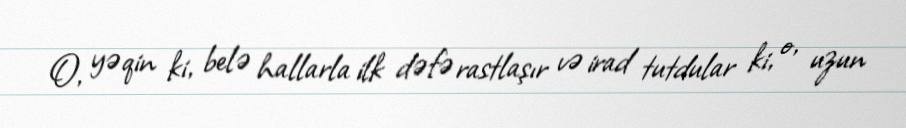
O, yəqin ki, belə hallarla ilk dəfə rastlaşır və irad tutdular ki, o, uzun